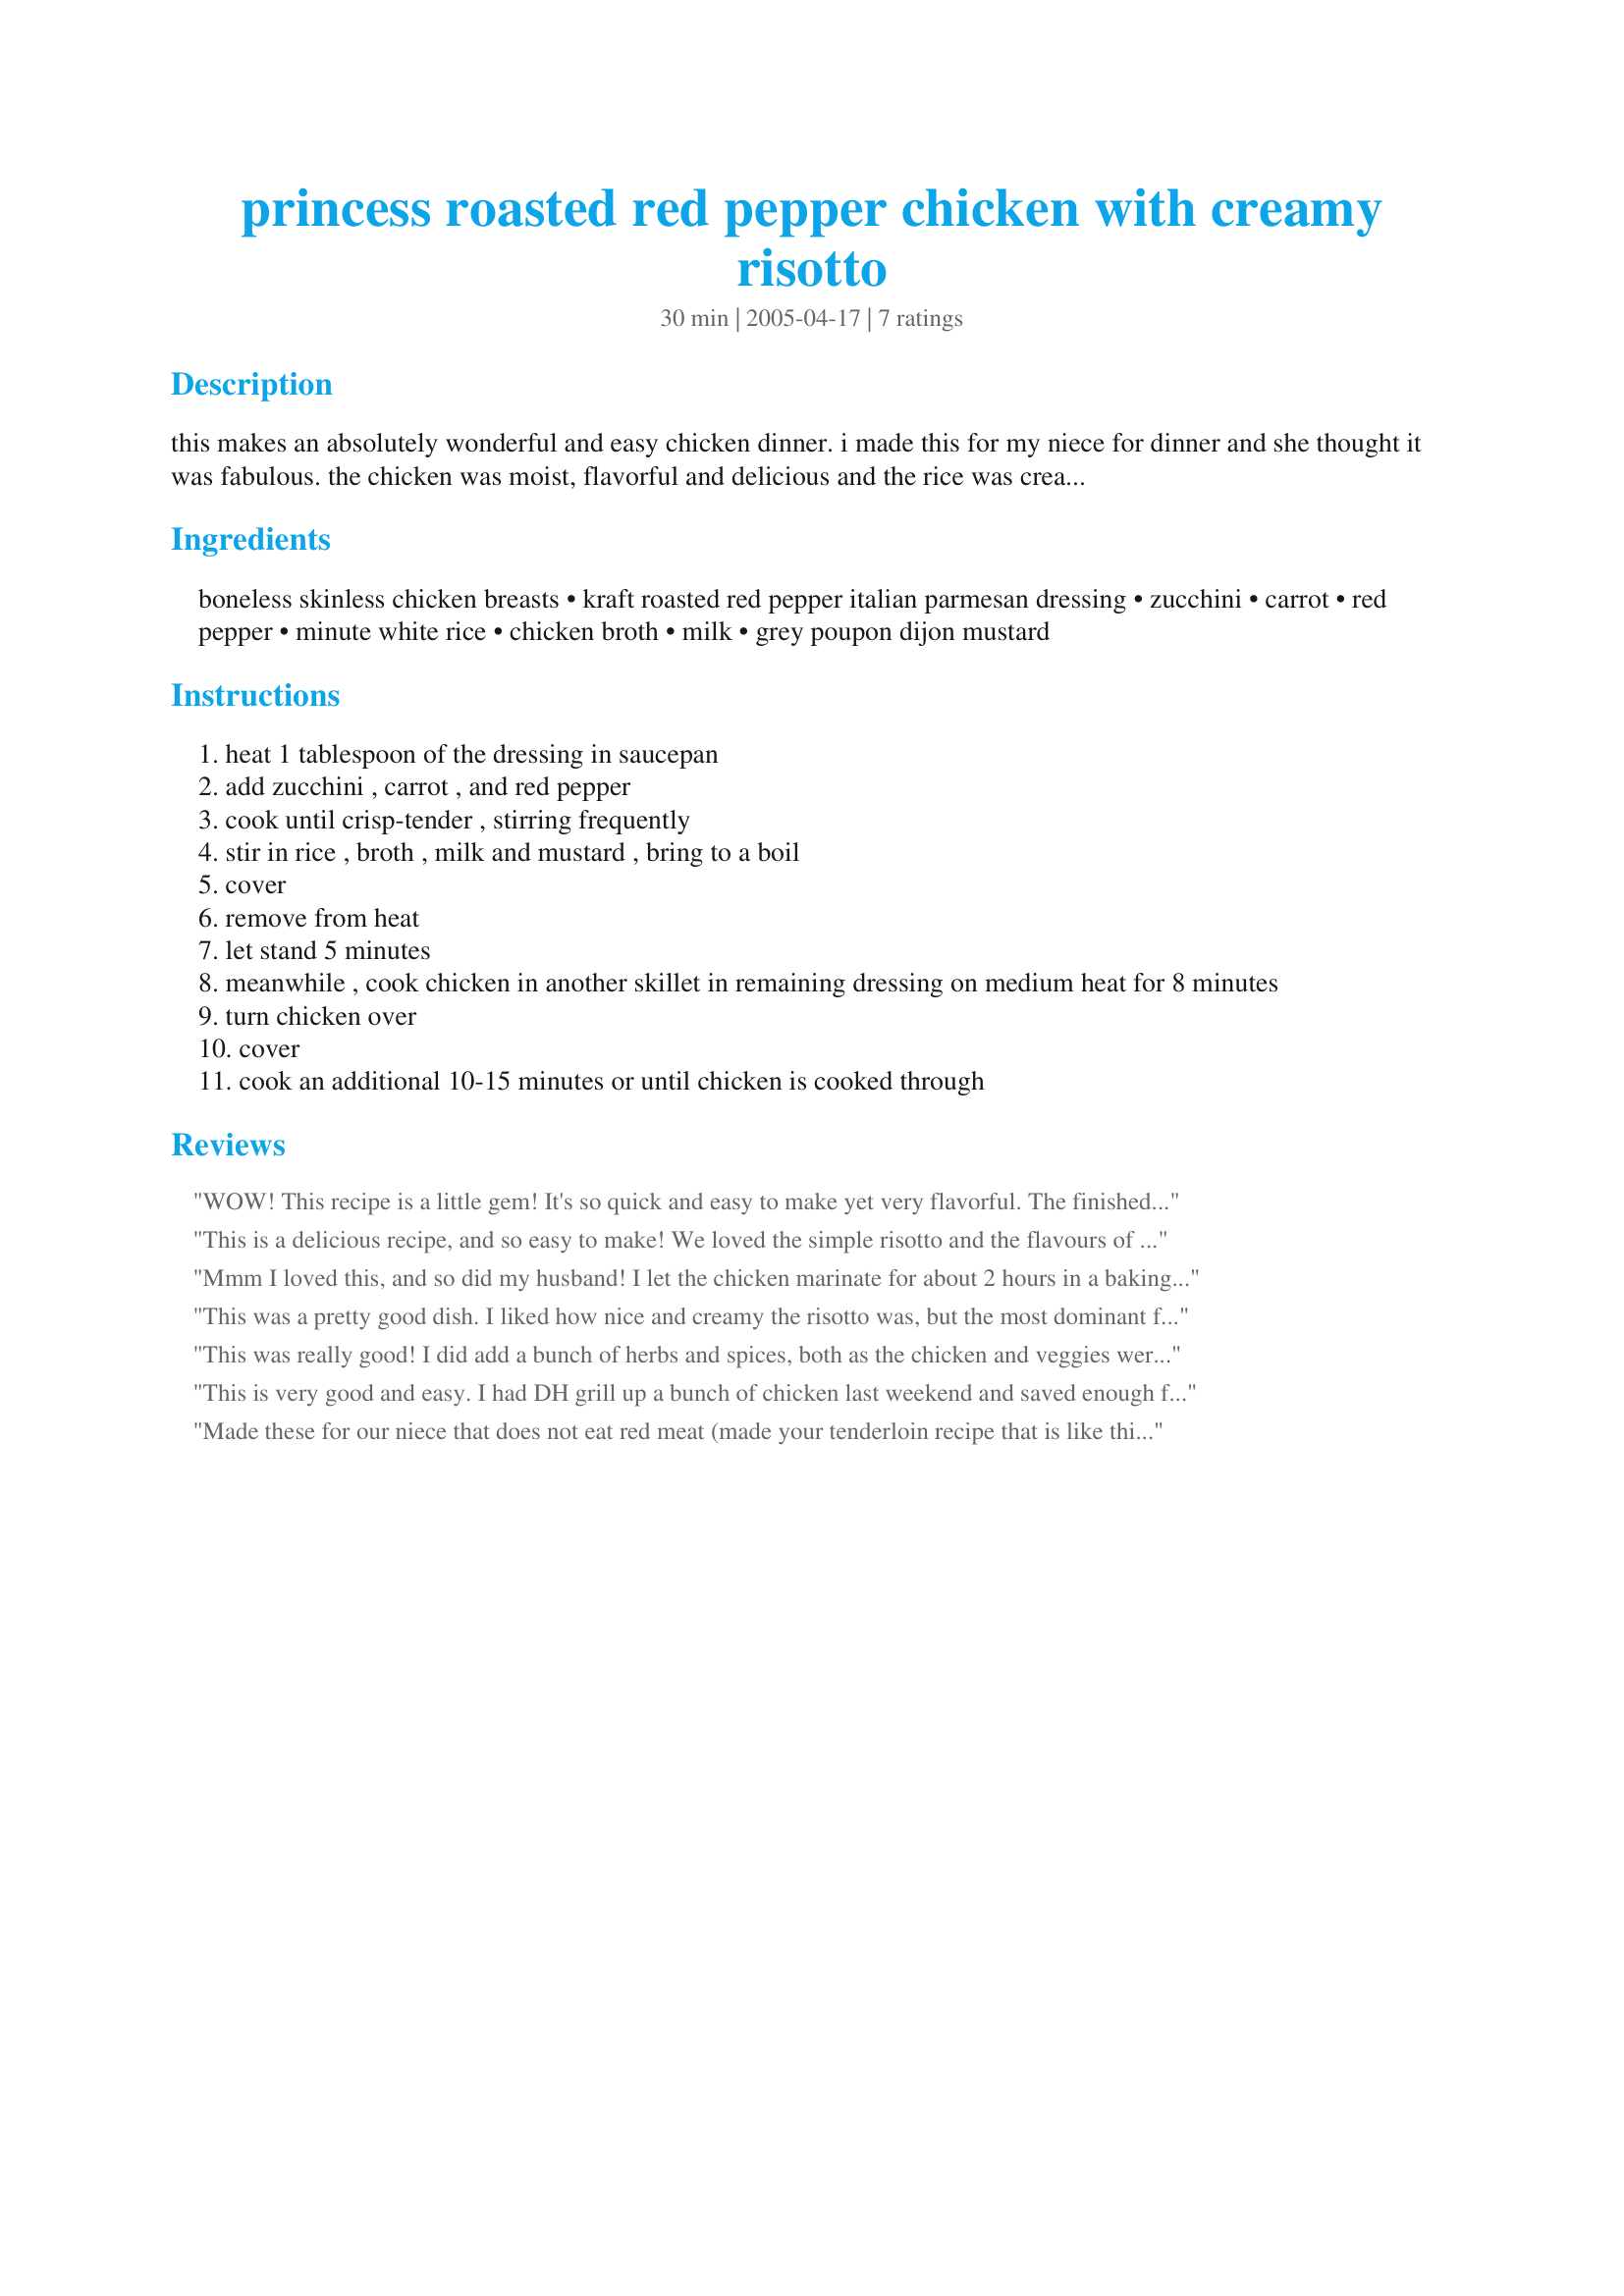
princess roasted red pepper chicken with creamy risotto
Preparation time: 30 minutes

this makes an absolutely wonderful and easy chicken dinner. i made this for my niece for dinner and she thought it was fabulous. the chicken was moist, flavorful and delicious and the rice was creamy and tasty. she thought it was one of the best rice sides as well. i altered a beef tenderloin recipe that calls for minute rice, but i substituted organic jasmine rice (prepared as the recipe states for the minute rice (ingredients) - with adjusted time and in it’s own pot – then added to veggie pan) and it worked out perfectly. enjoy!

Ingredients:
boneless skinless chicken breasts, kraft roasted red pepper italian parmesan dressing, zucchini, carrot, red pepper, minute white rice, chicken broth, milk, grey poupon dijon mustard

Steps:
heat 1 tablespoon of the dressing in saucepan
add zucchini , carrot , and red pepper
cook until crisp-tender , stirring frequently
stir in rice , broth , milk and mustard , bring to a boil
cover
remove from heat
let stand 5 minutes
meanwhile , cook chicken in another skillet in remaining dressing on medium heat for 8 minutes
turn chicken over
cover
cook an additional 10-15 minutes or until chicken is cooked through

Reviews:
WOW! This recipe is a little gem! It's so quick and easy to make yet very flavorful. The finished product looks beautiful and tastes delicious! I used chicken tenders which cut the cooking time down even more and I will use the rice with so many other meals. It will be fantastic with fish, shrimp, or pork chops. Thank you for this great recipe!!! I will be making it often!
This is a delicious recipe, and so easy to make!
We loved the simple risotto and the flavours of the red pepper and parmesan with the chicken was excellent!
Thanks for posting another winner!!
Mmm I loved this, and so did my husband! I let the chicken marinate for about 2 hours in a baking dish and then I just put the entire thing in the oven at 350 for 40 minutes and made the rice on the stovetop, it was fabulous! I didn't have any zuchinni so I used a green pepper and some onions and the carrot and red pepper. Definitely a make again and again
This was a pretty good dish. I liked how nice and creamy the risotto was, but the most dominant flavor by far was the mustard. That's not a bad thing - I thought it tasted good - but I would have liked it to taste more like the dressing. The chicken was good and the cooking time was perfect, but next time I think I'll marinate the chicken in the dressing for a while to make it a bit more flavorful.
This was really good! I did add a bunch of herbs and spices, both as the chicken and veggies were cooking, and after: garlic powder, Italian seasoning, and black pepper. Also, I left out the mustard, and added a sprinkling of freshly grated Parmesan. Oh, and I doubled the recipe, which worked fine. But that was it--just a few minor changes to an already great recipe. What I liked most was that I learned a new way to cook chicken, one which I will use again and again with variations.
This is very good and easy. I had DH grill up a bunch of chicken last weekend and saved enough for the recipe. Anyway, this made it easier. It tasted like South Beach Diet Frozen dinner... LOL! Very yummy... next time I will sub the white rice for brown. Thanks!
Made these for our niece that does not eat red meat (made your tenderloin recipe that is like this one) and she loved them!
